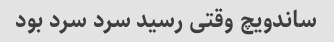
ساندویچ وقتی رسید سرد سرد بود